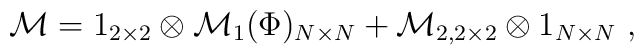
\mathcal{M}=1_{2\times 2}\otimes \mathcal{M}_1(\Phi)_{N\times N}+\mathcal{M}_{2,2\times 2}\otimes 1_{N\times N} \ ,